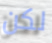
لكن